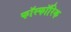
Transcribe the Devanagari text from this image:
फॉस्फॉरिक